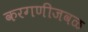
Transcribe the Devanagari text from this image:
करगणीजवळ